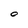
Character: O